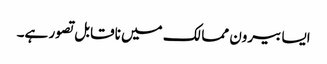
ایسا بیرون ممالک میں ناقابل تصور ہے۔